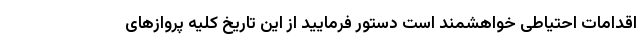
اقدامات احتیاطی خواهشمند است دستور فرمایید از این تاریخ کلیه پروازهای